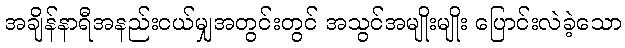
အချိန်နာရီအနည်းငယ်မျှအတွင်းတွင် အသွင်အမျိုးမျိုး ပြောင်းလဲခဲ့သော